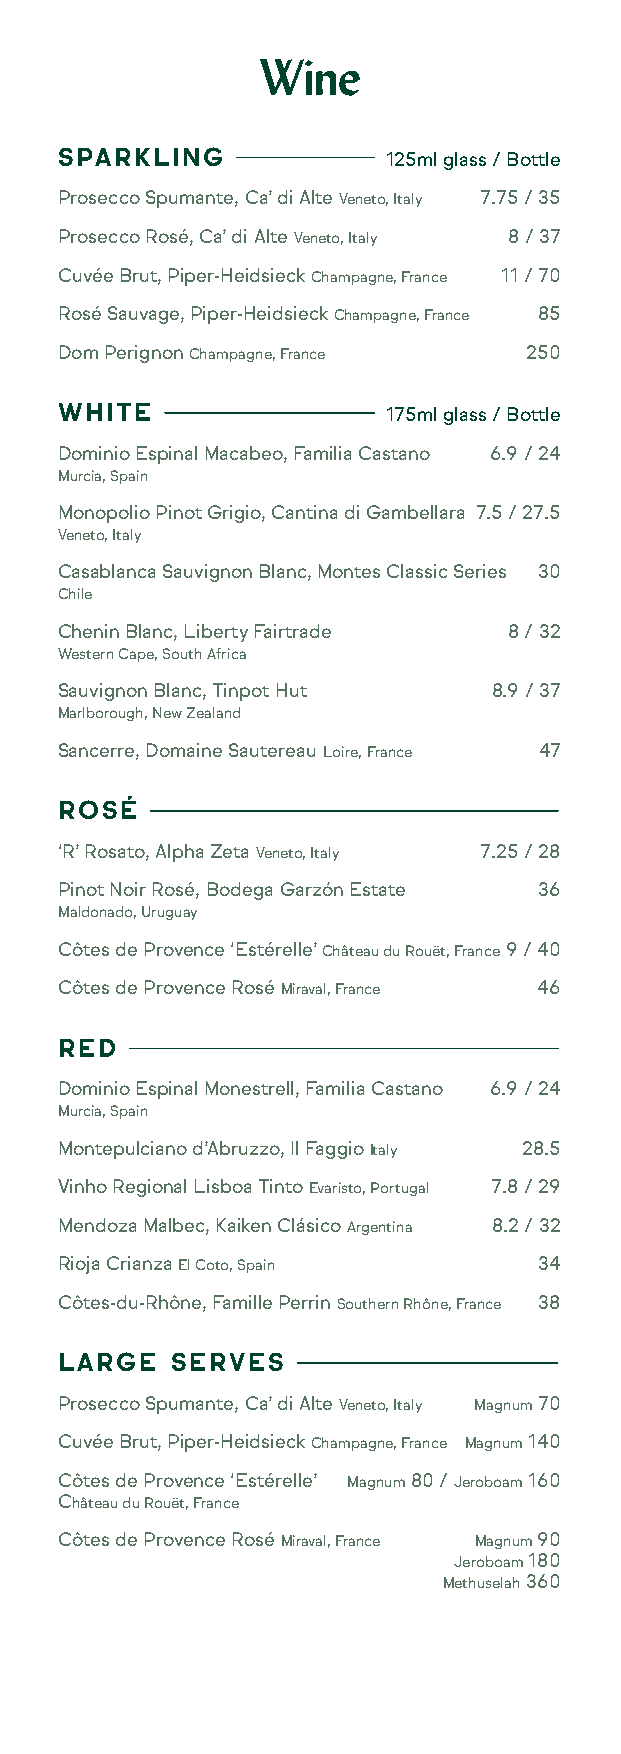
Wine
 SPARKLING             125ml glass / Bottle
 Prosecco Spumante, Ca’ di Alte Veneto, Italy 7.75 / 35
 Prosecco Rosé, Ca’ di Alte Veneto, Italy 8 / 37
 Cuvée Brut, Piper-Heidsieck Champagne, France 11 / 70
 Rosé Sauvage, Piper-Heidsieck Champagne, France 85
 Dom Perignon Champagne, France 250
 WHITE                 175ml glass / Bottle
 Dominio Espinal Macabeo, Familia Castano 6.9 / 24
 Murcia, Spain
 Monopolio Pinot Grigio, Cantina di Gambellara 7.5 / 27.5
 Veneto, Italy
 Casablanca Sauvignon Blanc, Montes Classic Series 30
 Chile
 Chenin Blanc, Liberty Fairtrade 8 / 32
 Western Cape, South Africa
 Sauvignon Blanc, Tinpot Hut  8.9 / 37
 Marlborough, New Zealand
 Sancerre, Domaine Sautereau Loire, France 47
 ROSÉ
 ‘R’ Rosato, Alpha Zeta Veneto, Italy 7.25 / 28
 Pinot Noir Rosé, Bodega Garzón Estate 36
 Maldonado, Uruguay
 Côtes de Provence ‘Estérelle’ Château du Rouët, France 9 / 40
 Côtes de Provence Rosé Miraval, France 46
 RED
 Dominio Espinal Monestrell, Familia Castano 6.9 / 24
 Murcia, Spain
 Montepulciano d’Abruzzo, Il Faggio Italy 28.5
 Vinho Regional Lisboa Tinto Evaristo, Portugal 7.8 / 29
 Mendoza Malbec, Kaiken Clásico Argentina 8.2 / 32
 Rioja Crianza El Coto, Spain    34
 Côtes-du-Rhône, Famille Perrin Southern Rhône, France 38
 LARGE  SERVES
 Prosecco Spumante, Ca’ di Alte Veneto, Italy Magnum 70
 Cuvée Brut, Piper-Heidsieck Champagne, France Magnum 140
 Côtes de Provence ‘Estérelle’ Magnum 80 / Jeroboam 160
 Château du Rouët, France
 Côtes de Provence Rosé Miraval, France Magnum 90
 Jeroboam 180
 Methuselah 360